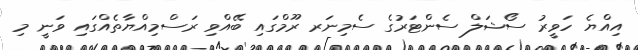
އިއްޔެ ހަވީރު ސޯޝަލް ސެންޓަރުގެ ސެމިނަރ ރޫމްގައި ބޭއްވި ރަސްމިއްޔާތެއްގައި ވަނީ މި